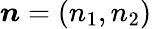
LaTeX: {\boldsymbol n}=(n_{1},n_{2})